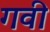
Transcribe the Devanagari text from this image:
गवी